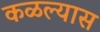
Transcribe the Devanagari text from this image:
कळल्यास